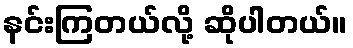
နင်းကြတယ်လို့ ဆိုပါတယ်။